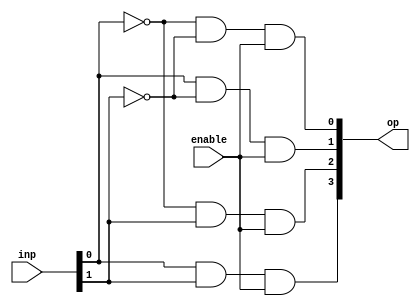
module two_to_four_decoder(op,inp,enable);
    output [3:0] op;
    input [1:0] inp;
    input enable;
    
    assign op[0]=~inp[0]&&~inp[1]&&enable;
    assign op[1]=inp[0]&&~inp[1]&&enable;
    assign op[2]=~inp[0]&&inp[1]&&enable;
    assign op[3]=inp[0]&&inp[1]&&enable;
endmodule